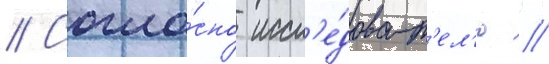
// Согла́сно иссл'е́доват'ел'ю /